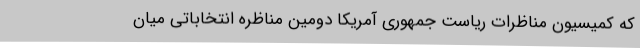
که کمیسیون مناظرات ریاست جمهوری آمریکا دومین مناظره انتخاباتی میان